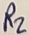
Text: R2